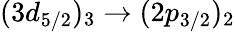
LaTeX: (3d_{5/2})_{3}\rightarrow(2p_{3/2})_{2}